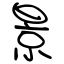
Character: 景